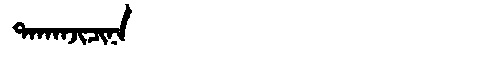
Manchu: ᡨᠠᡴᠠᠨᠵᡳᠴᡳᠨᠠ
Romanization: TAKANJICINA